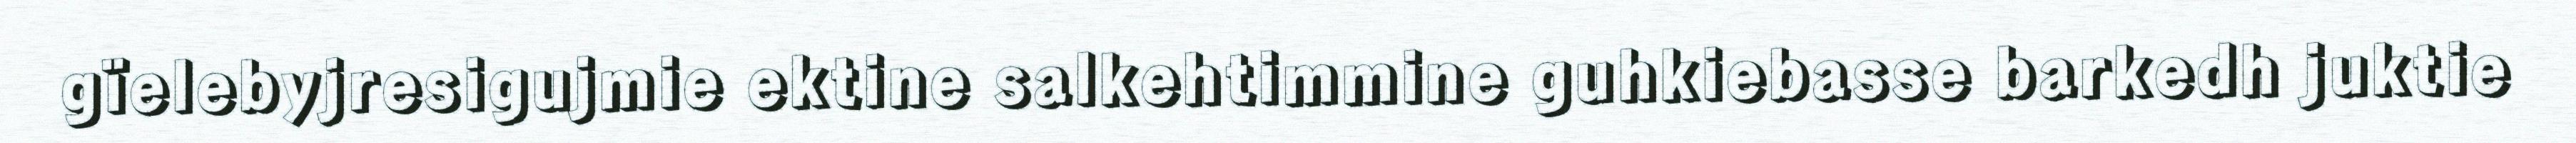
gïelebyjresigujmie ektine salkehtimmine guhkiebasse barkedh juktie